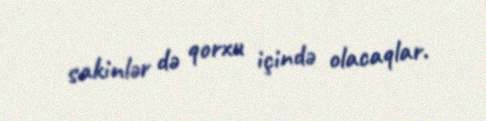
sakinlər də qorxu içində olacaqlar.